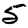
Digit: 5